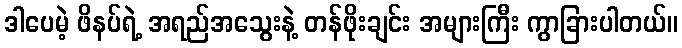
ဒါပေမဲ့ ဖိနပ်ရဲ့ အရည်အသွေးနဲ့ တန်ဖိုးချင်း အများကြီး ကွာခြားပါတယ်။